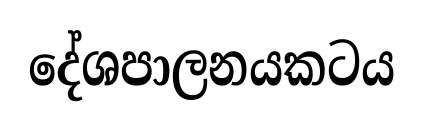
දේශපාලනයකටය